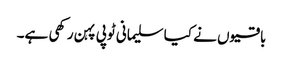
باقیوں نے کیا سلیمانی ٹوپی پہن رکھی ہے۔